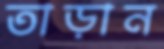
তাড়ান